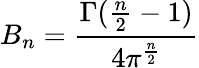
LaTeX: B_{n}=\frac{\Gamma(\frac{n}{2}-1)}{4\pi^{\frac{n}{2}}}